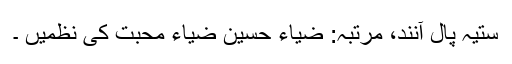
ستیہ پال آنند، مرتبہ: ضیاء حسین ضیاء محبت کی نظمیں ۔